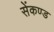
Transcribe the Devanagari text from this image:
सेंकण्ड